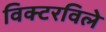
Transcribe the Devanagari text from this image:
विक्टरविले